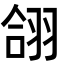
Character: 翖